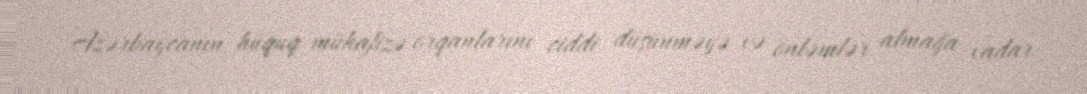
Azərbaycanın hüquq-mühafizə orqanlarını ciddi düşünməyə və önləmlər almağa vadar